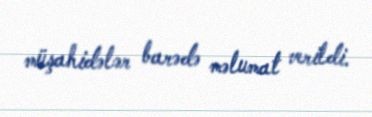
müşahidələr barədə məlumat verildi.